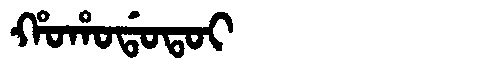
Manchu: ᡥᠣᡥᠣᡩᠣᡨᠣᡳ
Romanization: HOHODOTOI